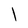
Character: l